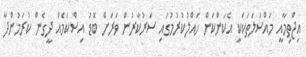
އިޖްތިމާއީ މައްސަލަތަކަކީ އެކަންކަން ހައްލުކުރުމުގައި ސަރުކާރުން ވަރަށް ބޮޑު އިސްކަމެއް ދީގެން ކުރަމުންދާ